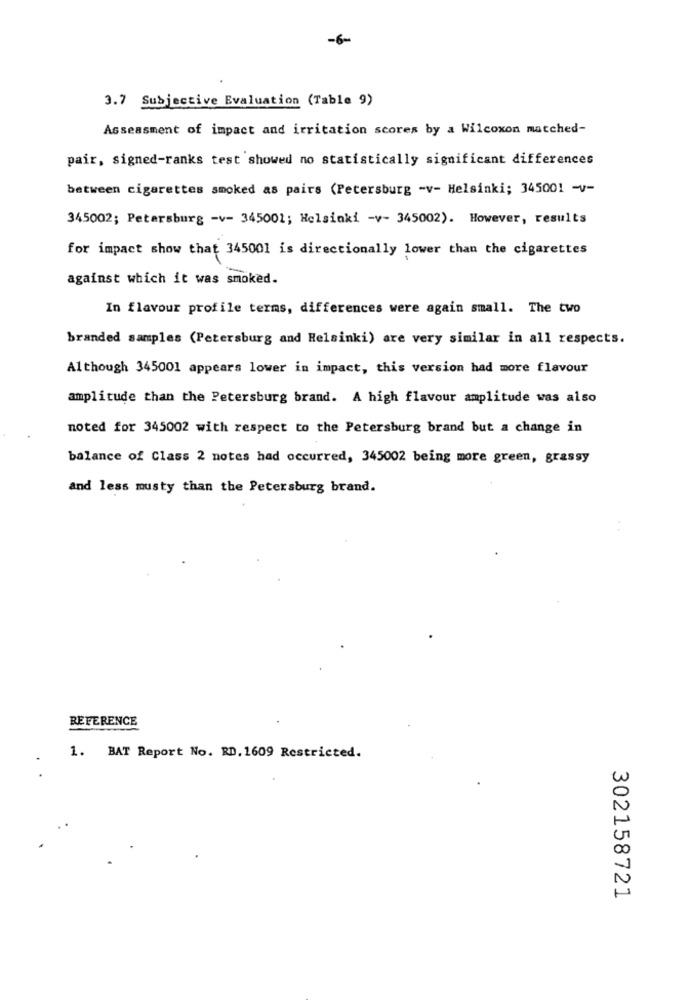
-6-
3.7 Subjective Evaluation (Table 9)
Assessment of impact and irritation scores by a Wilcoxon matched-
pair, signed-ranks test showed no statistically significant differences
between cigarettes smoked as pairs (Petersburg -v- Helsinki; 345001 -v-
345002; Petersburg -v- 345001; Helsinki -v- 345002). However, results
for impact show that 345001 is directionally lower than the cigarettes
against which it was smoked.
In flavour profile terms, differences were again small. The two
branded samples (Petersburg and Helsinki) are very similar in all respects.
Although 345001 appears lower in impact, this version had more flavour
amplitude than the Petersburg brand. A high flavour amplitude was also
noted for 345002 with respect to the Petersburg brand but a change in
balance of Class 2 notes had occurred, 345002 being more green, grassy
and less musty than the Petersburg brand.
REFERENCE
1. BAT Report No. RD. 1609 Restricted.
302158721